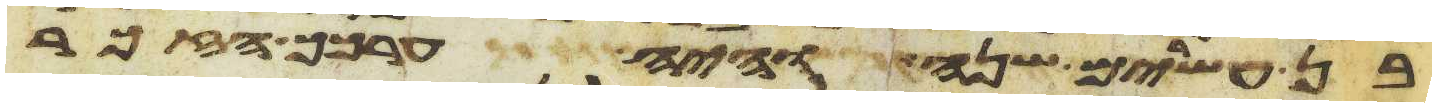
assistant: בן עשרים שנה והיה ערכך הזכר